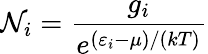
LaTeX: \mathcal{N}_{i}={\frac{{g_{i}}}{{e^{(\varepsilon_{i}-\mu)/(kT)}}}}